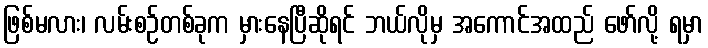
ဖြစ်မလား၊ လမ်းစဉ်တစ်ခုက မှားနေပြီဆိုရင် ဘယ်လိုမှ အကောင်အထည် ဖော်လို့ ရမှာ